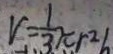
V = \frac { 1 } { 3 } \pi r ^ { 2 }